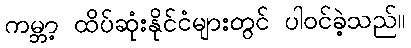
ကမ္ဘာ့ ထိပ်ဆုံးနိုင်ငံများတွင် ပါဝင်ခဲ့သည်။